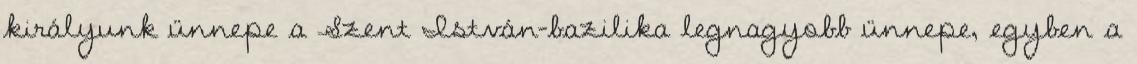
királyunk ünnepe a Szent István-bazilika legnagyobb ünnepe, egyben a